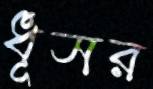
ধূসর